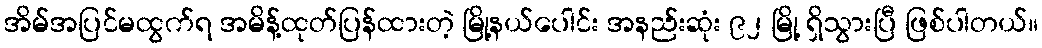
အိမ်အပြင်မထွက်ရ အမိန့်ထုတ်ပြန်ထားတဲ့ မြို့နယ်ပေါင်း အနည်းဆုံး ၉၂ မြို့ ရှိသွားပြီ ဖြစ်ပါတယ်။